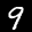
Label: 9